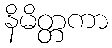
နိမိတ္တကာ